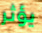
يؤثر